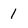
Character: l